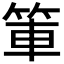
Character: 𫁿